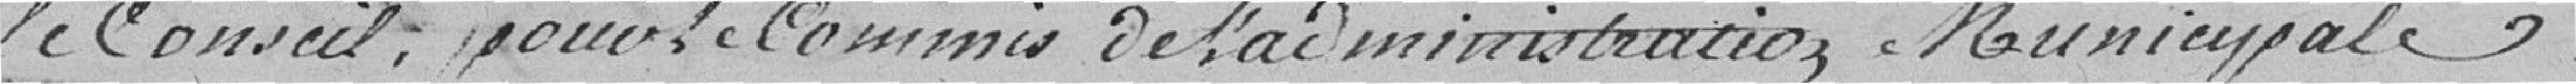
le Conseil pour le commis de l'administration Municipale